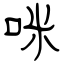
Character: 咪